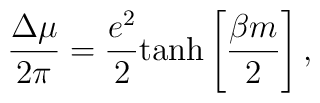
\frac{\Delta\mu}{2\pi}=\frac{e^2}{2} {\rm tanh}\left[\frac{\beta m}{2}\right],